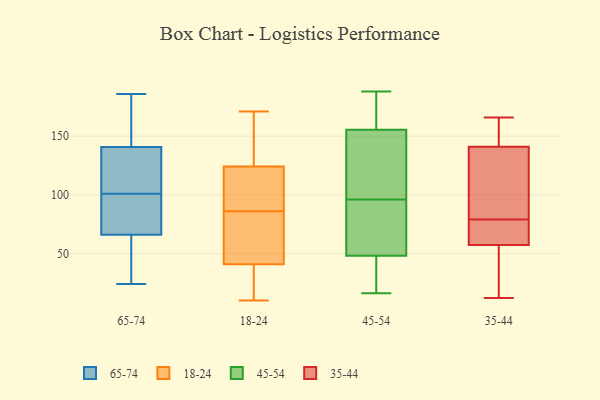
{"axis": {"x": "Headcount", "y": "Value"}, "legend": ["18-24", "35-44", "45-54", "65-74"], "data": [{"x": "", "y": 64, "type": "65-74"}, {"x": "", "y": 65, "type": "65-74"}, {"x": "", "y": 89, "type": "65-74"}, {"x": "", "y": 155, "type": "65-74"}, {"x": "", "y": 70, "type": "65-74"}, {"x": "", "y": 186, "type": "65-74"}, {"x": "", "y": 65, "type": "65-74"}, {"x": "", "y": 69, "type": "65-74"}, {"x": "", "y": 110, "type": "65-74"}, {"x": "", "y": 125, "type": "65-74"}, {"x": "", "y": 124, "type": "65-74"}, {"x": "", "y": 101, "type": "65-74"}, {"x": "", "y": 24, "type": "65-74"}, {"x": "", "y": 151, "type": "65-74"}, {"x": "", "y": 75, "type": "65-74"}, {"x": "", "y": 124, "type": "65-74"}, {"x": "", "y": 146, "type": "65-74"}, {"x": "", "y": 148, "type": "65-74"}, {"x": "", "y": 27, "type": "65-74"}, {"x": "", "y": 114, "type": "18-24"}, {"x": "", "y": 38, "type": "18-24"}, {"x": "", "y": 171, "type": "18-24"}, {"x": "", "y": 63, "type": "18-24"}, {"x": "", "y": 122, "type": "18-24"}, {"x": "", "y": 115, "type": "18-24"}, {"x": "", "y": 125, "type": "18-24"}, {"x": "", "y": 16, "type": "18-24"}, {"x": "", "y": 125, "type": "18-24"}, {"x": "", "y": 35, "type": "18-24"}, {"x": "", "y": 10, "type": "18-24"}, {"x": "", "y": 63, "type": "18-24"}, {"x": "", "y": 150, "type": "18-24"}, {"x": "", "y": 49, "type": "18-24"}, {"x": "", "y": 86, "type": "18-24"}, {"x": "", "y": 182, "type": "45-54"}, {"x": "", "y": 148, "type": "45-54"}, {"x": "", "y": 69, "type": "45-54"}, {"x": "", "y": 134, "type": "45-54"}, {"x": "", "y": 16, "type": "45-54"}, {"x": "", "y": 23, "type": "45-54"}, {"x": "", "y": 109, "type": "45-54"}, {"x": "", "y": 77, "type": "45-54"}, {"x": "", "y": 62, "type": "45-54"}, {"x": "", "y": 30, "type": "45-54"}, {"x": "", "y": 188, "type": "45-54"}, {"x": "", "y": 163, "type": "45-54"}, {"x": "", "y": 34, "type": "45-54"}, {"x": "", "y": 91, "type": "45-54"}, {"x": "", "y": 101, "type": "45-54"}, {"x": "", "y": 165, "type": "45-54"}, {"x": "", "y": 139, "type": "35-44"}, {"x": "", "y": 116, "type": "35-44"}, {"x": "", "y": 70, "type": "35-44"}, {"x": "", "y": 77, "type": "35-44"}, {"x": "", "y": 64, "type": "35-44"}, {"x": "", "y": 28, "type": "35-44"}, {"x": "", "y": 79, "type": "35-44"}, {"x": "", "y": 166, "type": "35-44"}, {"x": "", "y": 80, "type": "35-44"}, {"x": "", "y": 162, "type": "35-44"}, {"x": "", "y": 128, "type": "35-44"}, {"x": "", "y": 21, "type": "35-44"}, {"x": "", "y": 147, "type": "35-44"}, {"x": "", "y": 68, "type": "35-44"}, {"x": "", "y": 12, "type": "35-44"}, {"x": "", "y": 154, "type": "35-44"}, {"x": "", "y": 37, "type": "35-44"}]}